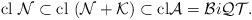
LaTeX: \begin{align*} {\rm cl}\ {\mathcal N} \subset {\rm cl}\ ({\mathcal N + \mathcal K})\subset {\rm cl}\mathcal A = \mathcal B i \mathcal Q\mathcal T.\end{align*}